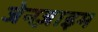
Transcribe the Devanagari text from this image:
जेनज़ाइम